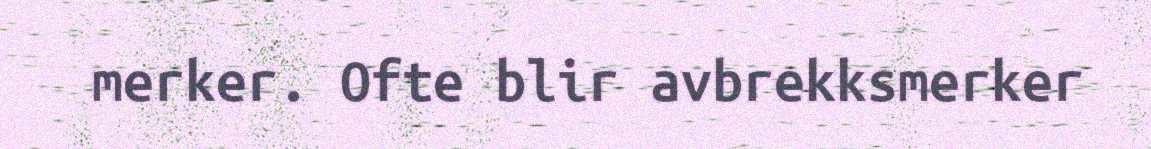
merker. Ofte blir avbrekksmerker